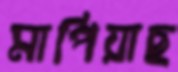
মাপিয়াছ